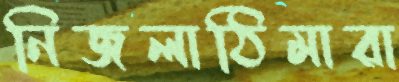
নিজলাঠিমারা